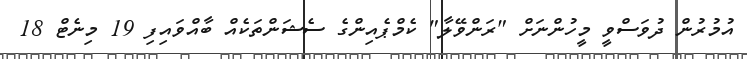
އުމުރުން ދުވަސްވީ މީހުންނަށް "ރަންވޭލާ" ކެމްޕެއިންގެ ސެޝަންތަކެއް ބާއްވައިފި 19 މިނެޓް 18